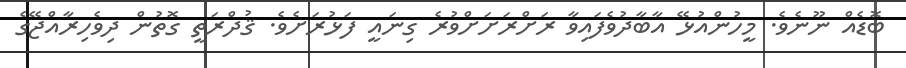
ބޮޑެއް ނޫނެވެ. މީހުންއުޅޭ އާބާދުވެފައިވާ ރަށްރަށަށްވުރެ ގިނައީ ފަޅުރަށެވެ. ޤުދްރަތީ ގޮތުން ދިވެހިރާއްޖޭގެ